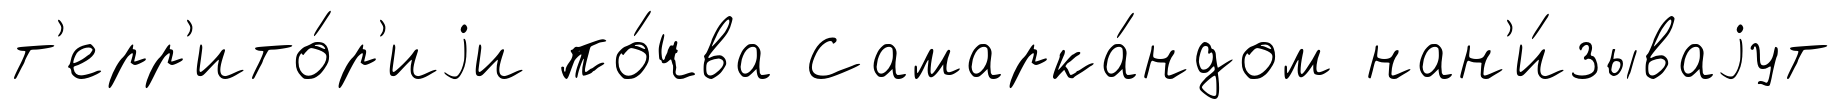
т'ерр'ито́р'иjи по́чва Самарка́ндом нан'и́зываjут